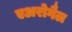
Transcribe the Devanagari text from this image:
एअरोगैल